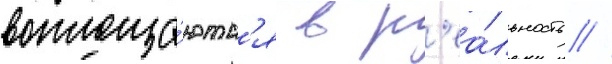
воплоща́ютс'я в р'еа́льность //